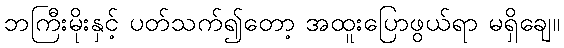
ဘကြီးမိုးနှင့် ပတ်သက်၍တော့ အထူးပြောဖွယ်ရာ မရှိချေ။